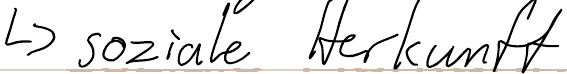
-> soziale Herkunft